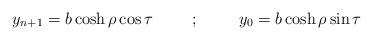
LaTeX: \begin{align*}y_{n+1}= b \cosh \rho \cos \tau \hspace{1cm}; \hspace{1cm}y_0 = b \cosh \rho \sin \tau\end{align*}